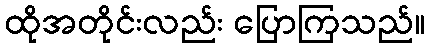
ထိုအတိုင်းလည်း ပြောကြသည်။